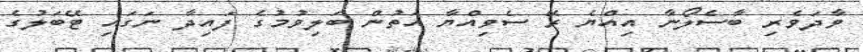
ވާދަވެރި ބާސެލޯނާ އިއްޔެ ރޭ ސެވިއްޔާ އަތުން ބަލިވުމުގެ ފައިދާ ނަގައި ޓޭބަލުގެ